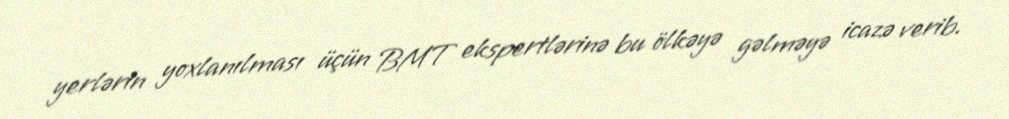
yerlərin yoxlanılması üçün BMT ekspertlərinə bu ölkəyə gəlməyə icazə verib.